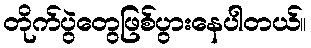
တိုက်ပွဲတွေဖြစ်ပွားနေပါတယ်။